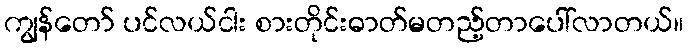
ကျွန်တော် ပင်လယ်ငါး စားတိုင်းဓာတ်မတည့်တာပေါ်လာတယ်။